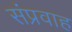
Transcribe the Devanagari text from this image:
संप्रवाह